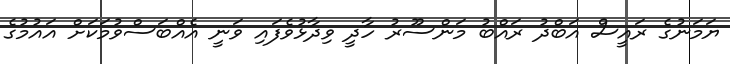
ޔަމަނުގެ ރައީސް އަބްދު ރައްބު މަންސޫރު ހާދީ ވިދާޅުވެފައި ވަނީ އެއްބަސްވުމަކަށް އައުމުގެ